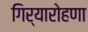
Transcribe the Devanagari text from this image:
गिर्यारोहणा